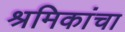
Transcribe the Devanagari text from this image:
श्रमिकांचा